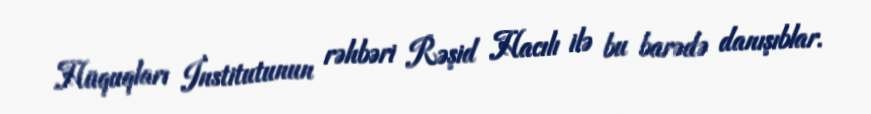
Hüquqları İnstitutunun rəhbəri Rəşid Hacılı ilə bu barədə danışıblar.